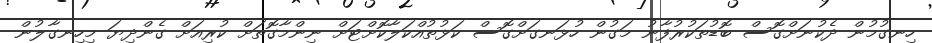
ހިނގުމުން ދެކުނަށްގޮސް ބޮޑުތަކުރުފާނު މަގުން ހުޅަނގަށްގޮސް ކަޅުތުއްކަލާކޮށްޓަށް ނިންމާގޮތަށް ކުރިއަށް ގެންދިޔަ މިހިނގާލުން